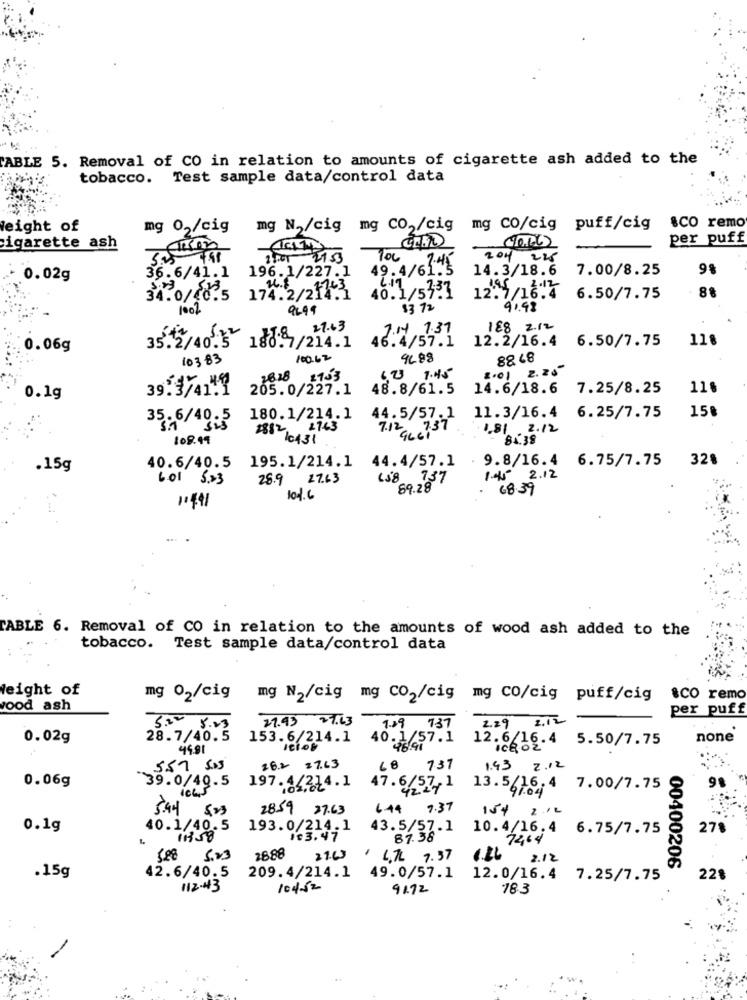
CABLE 5. Removal of CO in relation to amounts of cigarette ash added to the
tobacco. Test sample data/control data
eight of
mg 02/cig
mg N,/cig mg CO,/cig mg CO/cig puff/cig
sco remo
per puff
cigarette ash
2001 2153
100
204 225
36.6/41.1 196.1/227.1
49.4/6175
14.3/18.6
7.00/8.25
9%
0.02g
40.1/53:7
6.19'
. 88
34.0/40.5 174.2/214.1
12.7/16.4
6.50/7.75
1001
9299
$3 72
91.98
27.63
7.14 7.37
188 2.12
46.4/57.1
12.2/16.4
6.50/7.75
118
0.06g
35.2/40 .
180. 7/214.1
10383
100.62
4688
88 48
2.01 2.25
2828 2753
.23 7.45
39.3/41.1
205.0/227.1
48.8/61.5
14.6/18.6
7.25/8.25
11.
0.1g
11.3/16.4 6.25/7.75
15%
35.6/40.5
180.1/214.1
44.5/57.1
sis
2763
7.12 75
1.81.2.12
108.99
2882 16431
-81.38
44.4/57.1
. 9.8/16.4 6.75/7.75
328
.15g
40.6/40.5
195.1/214.1
6.01 5:23
28.9
27.63
(38 737
1. 45 2.12
69.28
. 68.39
11441
101.6
TABLE 6. Removal of CO in relation to the amounts of wood ash added to the
tobacco. Test sample data/control data
Height of
mg 02/cig mg N2/cig mg CO2/cig mg co/cig puff/cig
&CO remo
vood ash
per puff
27.93 27.63
2.29 2.12
3.00 8.23
9.29 737
0.02g
28.7/40.5
153.6/
07214.1
40.1/57.1
12.6/16.4 5.50/7.75
none
4981
ICHOZ"
28.2 =7.63
737
1.43 2.12
0.06g
39.0/49.5 197.4/214.1
47.6/57,1
13.5/16.4 7.00/7.75
5.44 5:23
28.59 27.63
6.44
7.37
154 212
0.1g
40.1/40.5
193.0/214.1
43.5/57.1
10.4/16.4 6.75/7.75
278
11958
103.47
87.38"
72,64
5.98
5.23
2888
21.63
, 6,76 7.57
2.12
42.6/40.5
00400206
.15g
209.4/214.1
49.0/57.1
12.0/16.4 7.25/7.75
22%
112.43
104-52
91.72
78-3